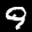
Label: 9